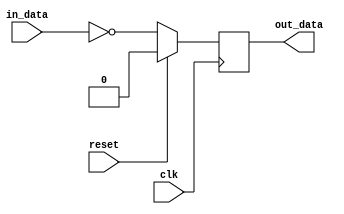
module synchronous_logic (
    input wire clk, // Clock signal
    input wire reset, // Reset signal
    input wire in_data, // Input data signal
    output reg out_data // Output data signal
);

always @ (posedge clk) begin
    if (reset) begin
        out_data <= 0; // Reset output data
    end else begin
        // Sequential logic operation based on input data
        // Example operation: invert input data
        out_data <= ~in_data;
    end
end

endmodule